Lunatic asylums Madras 1892-1911 - 1892-1911
Year: 1892
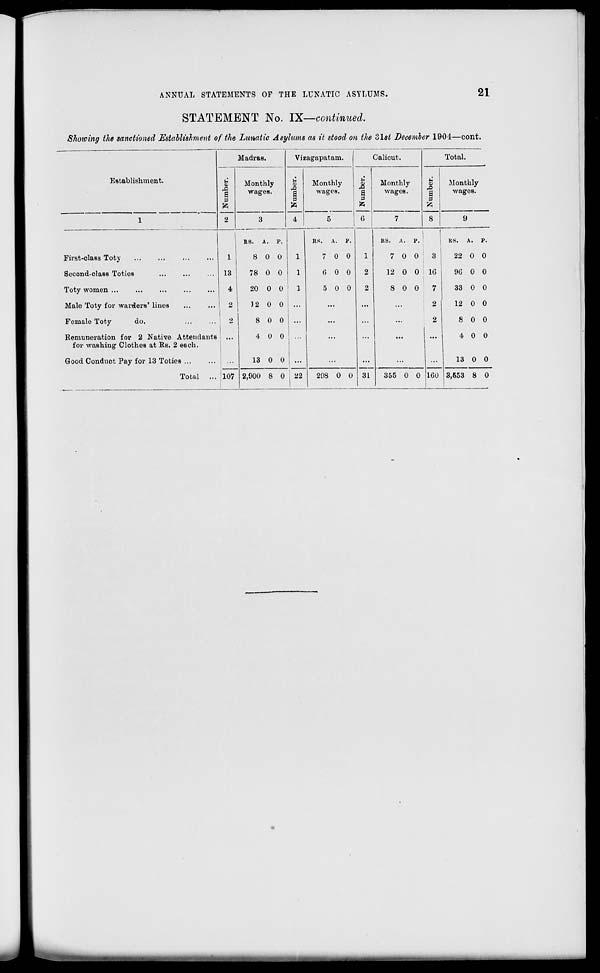
ANNUAL STATEMENTS OF THE LUNATIC ASYLUMS.
21
STATEMENT No. IX—continued.
Showing the sanctioned Establishment of the Lunatic Asylums as it stood on the Zlst December 1904—cont.
Madras.
Vizagapatam.
Calicut.
Total.
Establishment.
0)
a
to
2
Monthly
wages.
u
i
P
4
Monthly
wages.
!
C 1
a
3 3
to
6 [
Monthly
wages.
o
.a
S
0
Monthly
wages.
1
3
5
7
8
9
i RS. A. p.
RS.
A.
P.
RS. A. P.
RS.
A. P.
First-class Toty
1
8 0 0
1
7 0 0
1
7 0 0
3
22 0 0
Second-class Toties
13
78 0 0
1
0 0 0
2
12 0 0 10
90 0 0
Toty women ...
4
20 0 0
1
5 0 0
2
8 0 0
7
33 0 0
Male Toty for warders' lines
2
12 0 0 ...
...
...
...
2
12 0 0
Female Toty
do.
2
i
8 0 0 ...
...
...
...
2
8 0 0
Remuneration for 2 Native Attendants
for washing Clothes at Us. 2 each.
4 0 0
...
...
...
...
4 0 0
Good Conduct Pay for 13 Toties
107
!
13 0 0
j 22
...
31
...
160
13 0 0
Total .,.
2,900 8 0
298 0 0
355 0 0
3,553 8 0
■■■